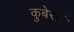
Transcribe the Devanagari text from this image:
कुबेरांनी